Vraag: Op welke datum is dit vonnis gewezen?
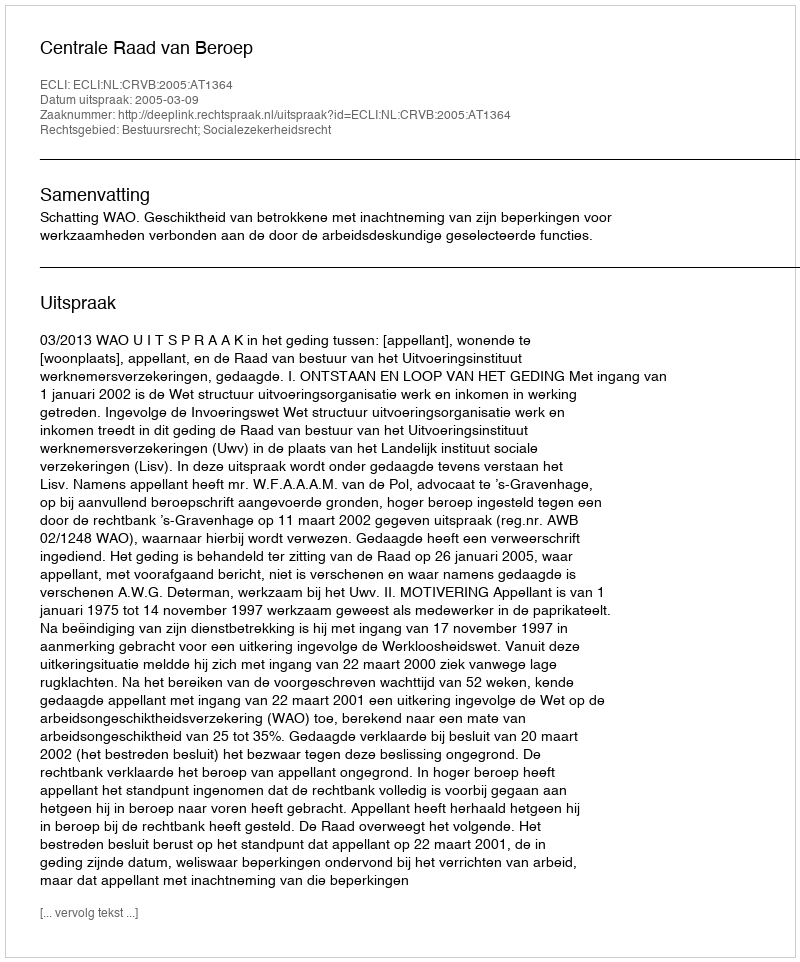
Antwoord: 2005-03-09